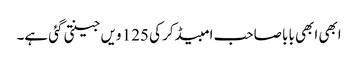
ابھی ابھی بابا صاحب امبیڈکر کی 125 ویں جینتی گئی ہے۔